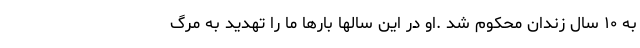
به ۱۰ سال زندان محکوم شد .او در این سالها بارها ما را تهدید به مرگ